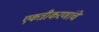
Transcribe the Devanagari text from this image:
एकत्रीकरणांचे